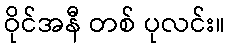
ဝိုင်အနီ တစ် ပုလင်း။